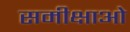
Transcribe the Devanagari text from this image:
समीक्षाओ